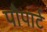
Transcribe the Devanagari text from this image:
पौपार्ट